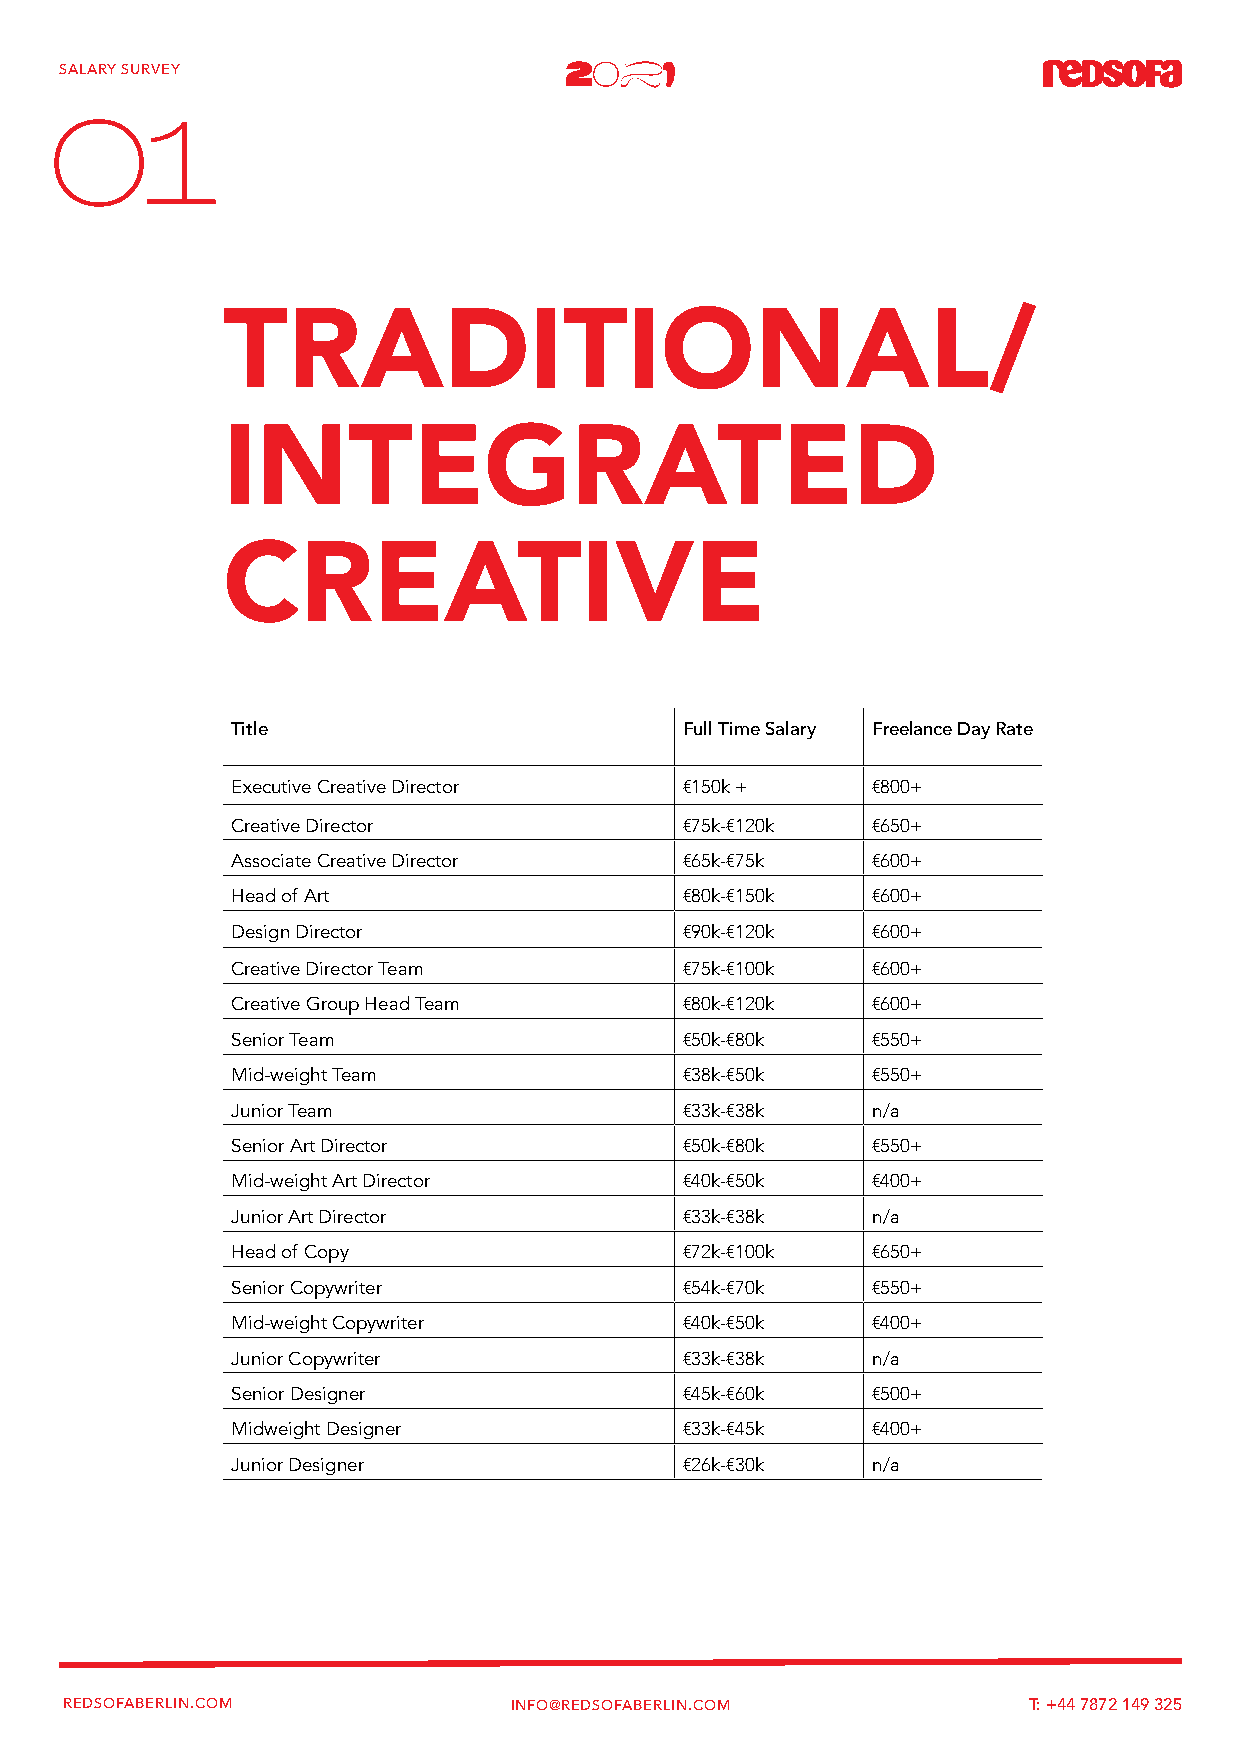
SALARY SURVEY
 01
 TRADITIONAL/
 INTEGRATED
 CREATIVE
 Title                         Full Time Salary Freelance Day Rate
 Executive Creative Director   €150k +      €800+
 Creative Director             €75k-€120k   €650+
 Associate Creative Director   €65k-€75k    €600+
 Head of Art                   €80k-€150k   €600+
 Design Director               €90k-€120k   €600+
 Creative Director Team        €75k-€100k   €600+
 Creative Group Head Team      €80k-€120k   €600+
 Senior Team                   €50k-€80k    €550+
 Mid-weight Team               €38k-€50k    €550+
 Junior Team                   €33k-€38k    n/a
 Senior Art Director           €50k-€80k    €550+
 Mid-weight Art Director       €40k-€50k    €400+
 Junior Art Director           €33k-€38k    n/a
 Head of Copy                  €72k-€100k   €650+
 Senior Copywriter             €54k-€70k    €550+
 Mid-weight Copywriter         €40k-€50k    €400+
 Junior Copywriter             €33k-€38k    n/a
 Senior Designer               €45k-€60k    €500+
 Midweight Designer            €33k-€45k    €400+
 Junior Designer               €26k-€30k    n/a
 REDSOFABERLIN.COM             INFO@REDSOFABERLIN.COM            T: +44 7872 149 325